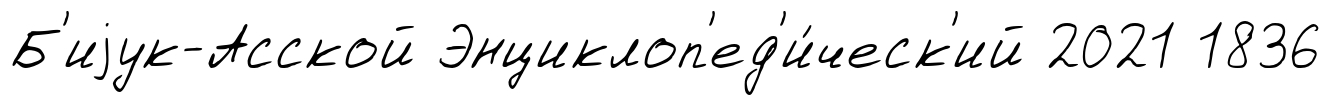
Б'иjук-Асской Энциклоп'ед'и́ческ'ий 2021 1836